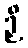
ဉှိ